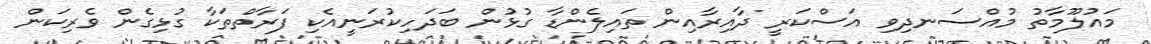
މައުލޫމާތު މުއްސަނދިވި އަސްކަރީ ދާއިރާއިން ތައިލެންޑާ ގުޅުން ބަދަހިކުރަނީއެކި ފަރާތްތަކާ ގުޅިގެން ވެރިކަން